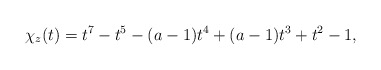
\begin{align*}\chi_{z}(t)=t^7-t^5-(a-1)t^ 4+(a-1)t^3+t^2-1,\end{align*}